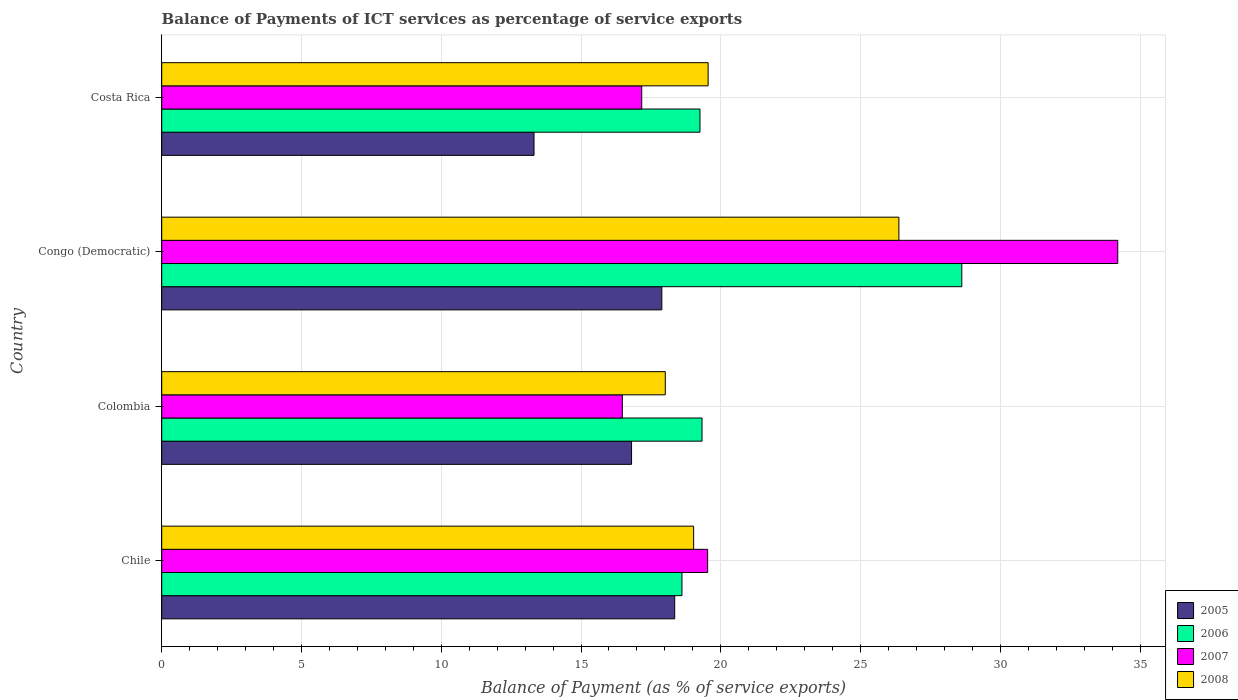
| Country | 2005 | 2006 | 2007 | 2008 |
 | --- | --- | --- | --- | --- |
 | Chile | 18.4 | 18.6 | 19.5 | 19 |
 | Colombia | 16.8 | 19.3 | 16.5 | 18 |
 | Congo (Democratic) | 17.9 | 28.6 | 34.2 | 26.4 |
 | Costa Rica | 13.3 | 19.3 | 17.2 | 19.5 |